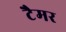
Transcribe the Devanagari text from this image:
टैमर